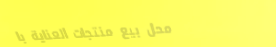
محل بيع منتجات العناية با